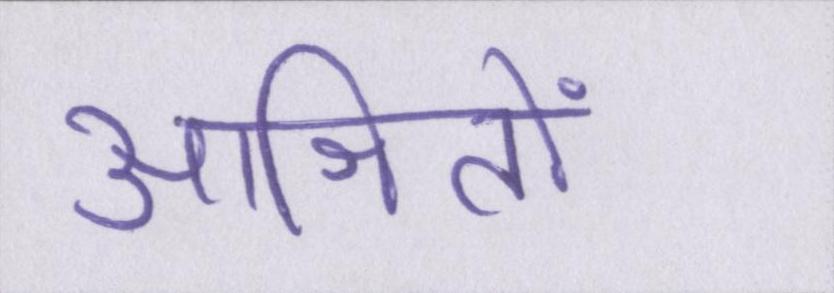
आश्रितों